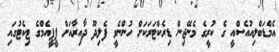
އެމްޑަބްލިއުއެސްއީ ގެ ކުރީގެ މެނޭޖިން ޑިރެކްޓަރަކަށް ހުންނެވީ ފެލިދޫ ދާއިރާއަށް ޕީޕީއެމްގެ ޓިކެޓުގައި